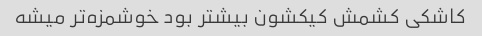
کاشکی کشمش کیکشون بیشتر بود خوشمزه‌تر میشه